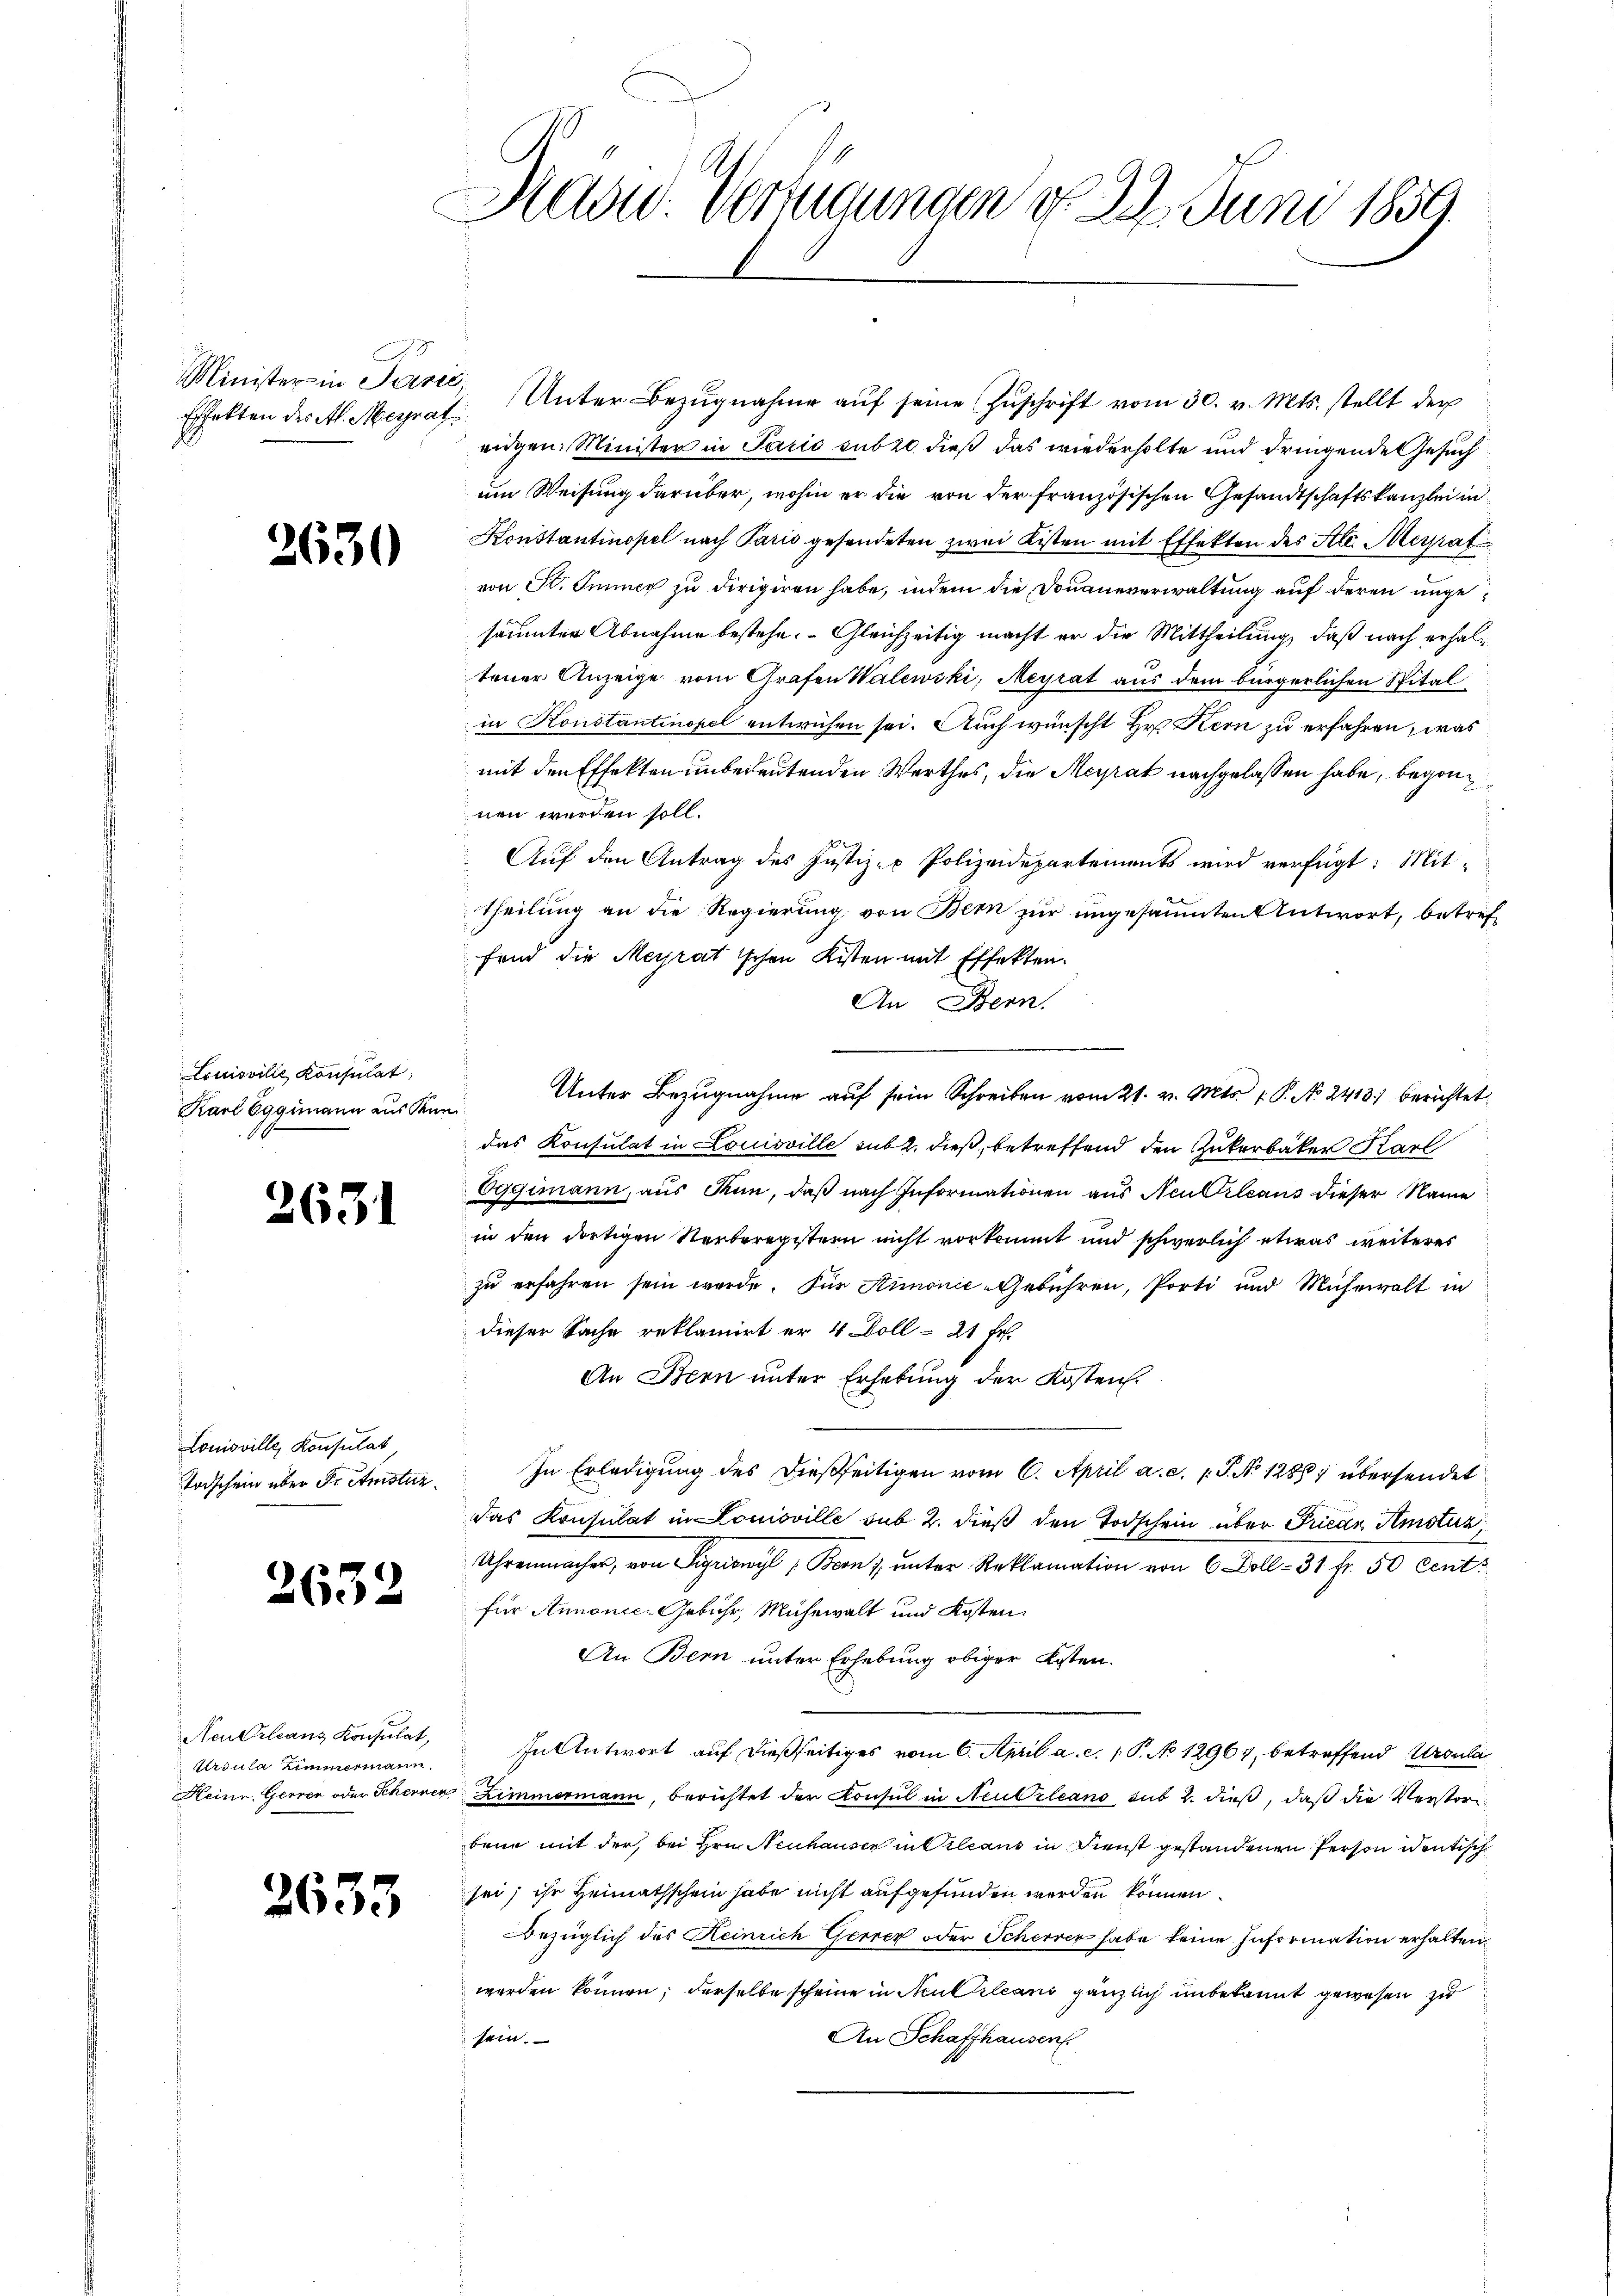
Effekten des Al. Meyrat

2630

Louisville Konsulat
Karl Eggimann aus Kun

2631

Louisville, Konsulat

2632

Neu Orleanz Konsulat,
Ursula Zimmermann

2633

Maad Verfügungen d. 22. Juni 1859.

Minister in Terri, Unter Bezŭgnahme aŭf seine Zŭschrift vom 30. v. Mts. stellt der
eidgen. Minister in Paris sub 20 dieß das wiederholte und dringende Gesuch
um Weisung darüber, wohin er die von der französischen Gesandtschaftskanzlei in
Konstantinopel nach Paris gesendeten zwei Kisten mit Effekten des St. Meyratvon St. Sinner zu dirigiren habe, indem die Douaneverwaltung auf deren ungesäumter Abnahme bestehe. Gleichzeitig macht er die Mittheilung, daß nach erhalt
tener Anzeige vom Grafen Walewski, Meyrat aus dem bürgerlichen Spital
in Konstantinopel entwichen sei. Auch wünscht Hr. Kern zu erfahren, was
mit den Effekten unbedeutenden Werthes, die Meyrat nachgelassen habe, begonnen werden soll.
1
Auf den Antrag des Justiz- & Polizeidepartements wird verfügt: Mittheilung an die Regierung von Bern zur ungesäumten Antwort, betreffend die Meyratischen Kisten mit Effekten.
An Bern.
Unter Bezugnahme auf sein Schreiben vom 21. v. Mts. 1. P. No. 2413) berichtet
das Konsulat in Louisville sub 2. dieß, betreffend den Zukerbäker Karl
Oggimann, aus Tun, daß nach Informationen aus Neukleaus dieser Name
in den dortigen Verberegistern nicht vorkommt und schwerlich etwas weiteres
zu erfahren sein werde. Für Stimonie-Gebühren, Porti und Mühewalt in
dieser Sache reklamirt er 4 Doll- 21 Fr.
An Bern unter Erhebung der Kosten.
Todschein über Dr. Amstur. In Erledigung des dießseitigen vom 6. April a. a. p. P. No 12857 übersendet
das Konsulat in Lomoville sub 2. dieß den Todschein über Friede Amstuz
Uhrenmacher, von Sigriswyl, Bern, ŭnter Reklamation von 6 Doll- 31 fr. 50 Cent
für Annonic-Gebühr, Mühewalt und Kosten.
An Bern unter Erhebung obiger Kosten.
In Antwort auf dießseitiges vom 6. April a. c. 1 P. No 12967, betreffend Ursula
Keine Gerren oder Scheiner Zimmermann, berichtet der Konsul in Neubileans sub 2. dieß, daß die Verstori
bene mit der bei Hrn. Neuhauser in Cilians in Dienst gestandenen Person identische
sei; ihr Heimathschein habe nicht aufgefunden werden können.
Bezüglich des Heinrich Gerner oder Scherer habe keine Information erhalten,
werden können; derselbe scheine in Neuileans gänzlich unbekannt gewesen zu
 sein.
An Schaffhausen